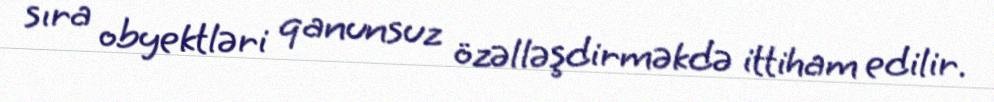
sıra obyektləri qanunsuz özəlləşdirməkdə ittiham edilir.